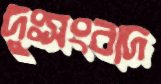
দুঃসংবাদ